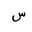
Letter: _sin